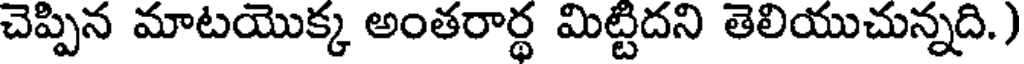
చెప్పిన మాటయొక్క అంతరార్థ మిట్టిదని తెలియుచున్నది.)